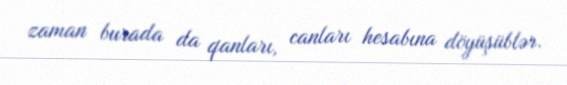
zaman burada da qanları, canları hesabına döyüşüblər.